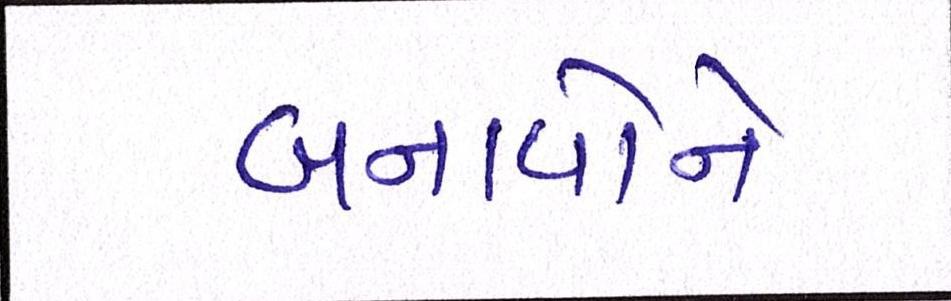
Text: બનાવોને